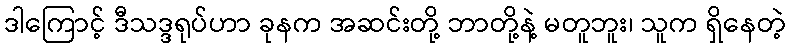
ဒါကြောင့် ဒီသဒ္ဒရုပ်ဟာ ခုနက အဆင်းတို့ ဘာတို့နဲ့ မတူဘူး၊ သူက ရှိနေတဲ့